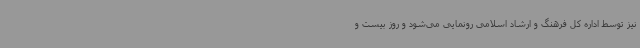
نیز توسط اداره کل فرهنگ و ارشاد اسلامی رونمایی می‌شود و روز بیست و